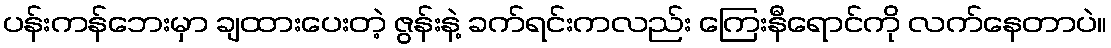
ပန်းကန်ဘေးမှာ ချထားပေးတဲ့ ဇွန်းနဲ့ ခက်ရင်းကလည်း ကြေးနီရောင်ကို လက်နေတာပဲ။